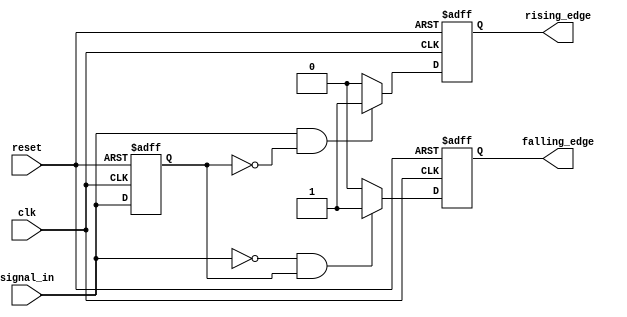
module edge_detector (
    input wire clk,            // Clock signal
    input wire reset,          // Asynchronous reset signal
    input wire signal_in,      // Input signal to monitor
    output reg rising_edge,    // Output signal for rising edge detection
    output reg falling_edge     // Output signal for falling edge detection
);

    // Previous state register
    reg prev_state;

    // Asynchronous reset and edge detection logic
    always @(posedge clk or posedge reset) begin
        if (reset) begin
            // Initialize previous state and output signals on reset
            prev_state <= 1'b0;
            rising_edge <= 1'b0;
            falling_edge <= 1'b0;
        end else begin
            // Edge detection logic
            rising_edge <= (signal_in == 1'b1 && prev_state == 1'b0) ? 1'b1 : 1'b0;
            falling_edge <= (signal_in == 1'b0 && prev_state == 1'b1) ? 1'b1 : 1'b0;

            // Update previous state
            prev_state <= signal_in;
        end
    end

endmodule